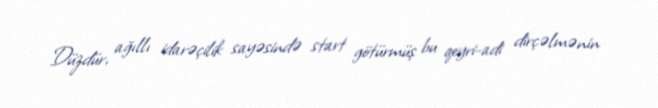
Düzdür, ağıllı idarəçilik sayəsində start götürmüş bu qeyri-adi dirçəlmənin